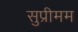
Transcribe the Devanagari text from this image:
सुप्रीमम